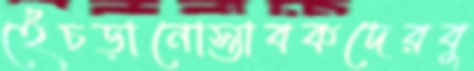
হেঁচড়ানোস্তাবকদেরবু